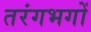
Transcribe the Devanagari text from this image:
तरंगभगों